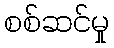
စစ်ဆင်မှု